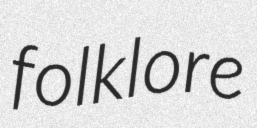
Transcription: folklore